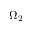
\Omega _ { 2 }